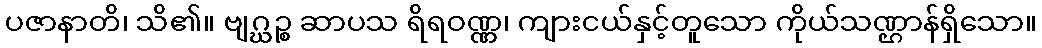
ပဇာနာတိ၊ သိ၏။ ဗျဂ္ဃဉ္စ ဆာပသ ရိရဝဏ္ဏ၊ ကျားငယ်နှင့်တူသော ကိုယ်သဏ္ဌာန်ရှိသော။